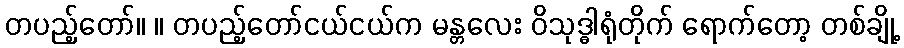
တပည့်တော်။ ။ တပည့်တော်ငယ်ငယ်က မန္တလေး ဝိသုဒ္ဓါရုံတိုက် ရောက်တော့ တစ်ချို့